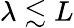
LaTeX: \lambda\lesssim L